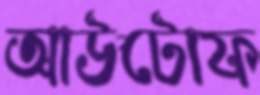
আউটোফ